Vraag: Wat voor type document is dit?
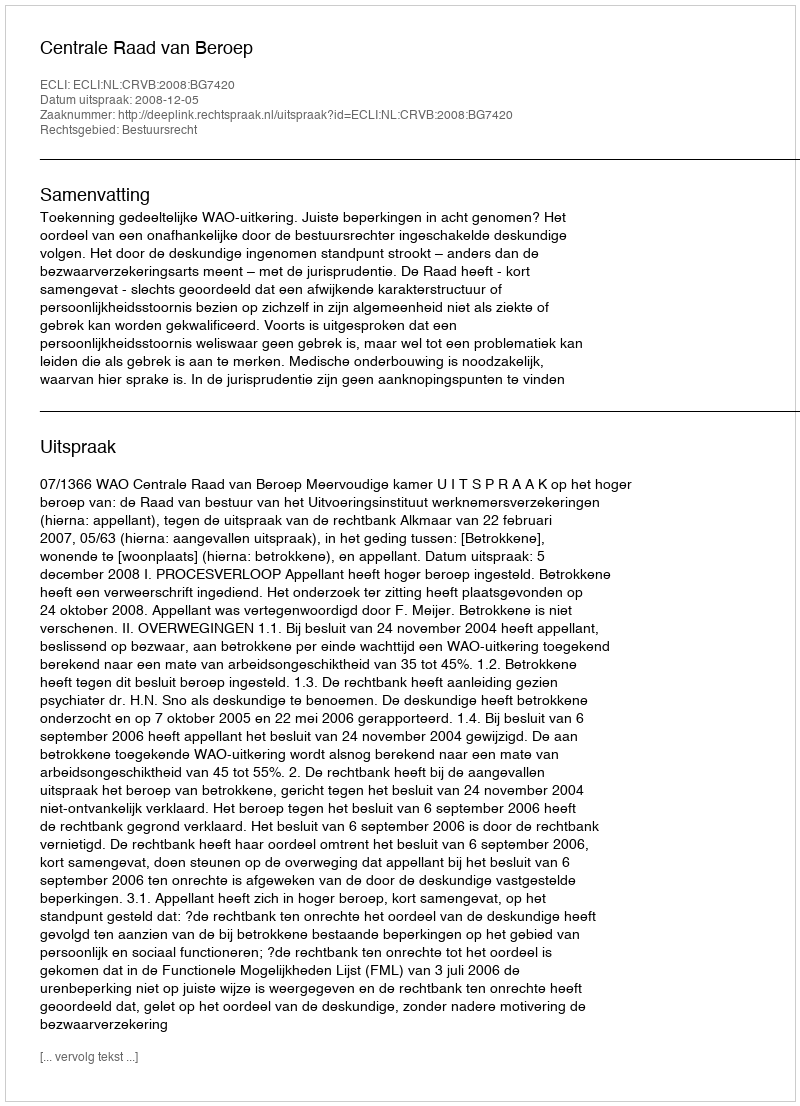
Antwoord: Uitspraak